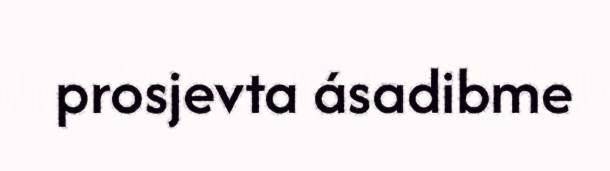
prosjevta ásadibme